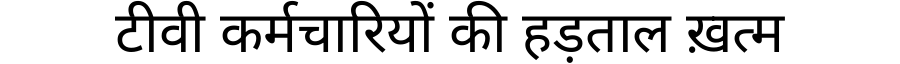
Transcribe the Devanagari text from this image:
टीवी कर्मचारियों की हड़ताल ख़त्म